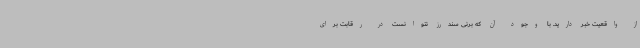
از واقعیت خبر دارید. با وجود آن که برنی سندرز نتوانست در رقابت برای